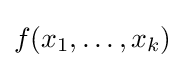
f(x_{1},\ldots ,x_{k})\!